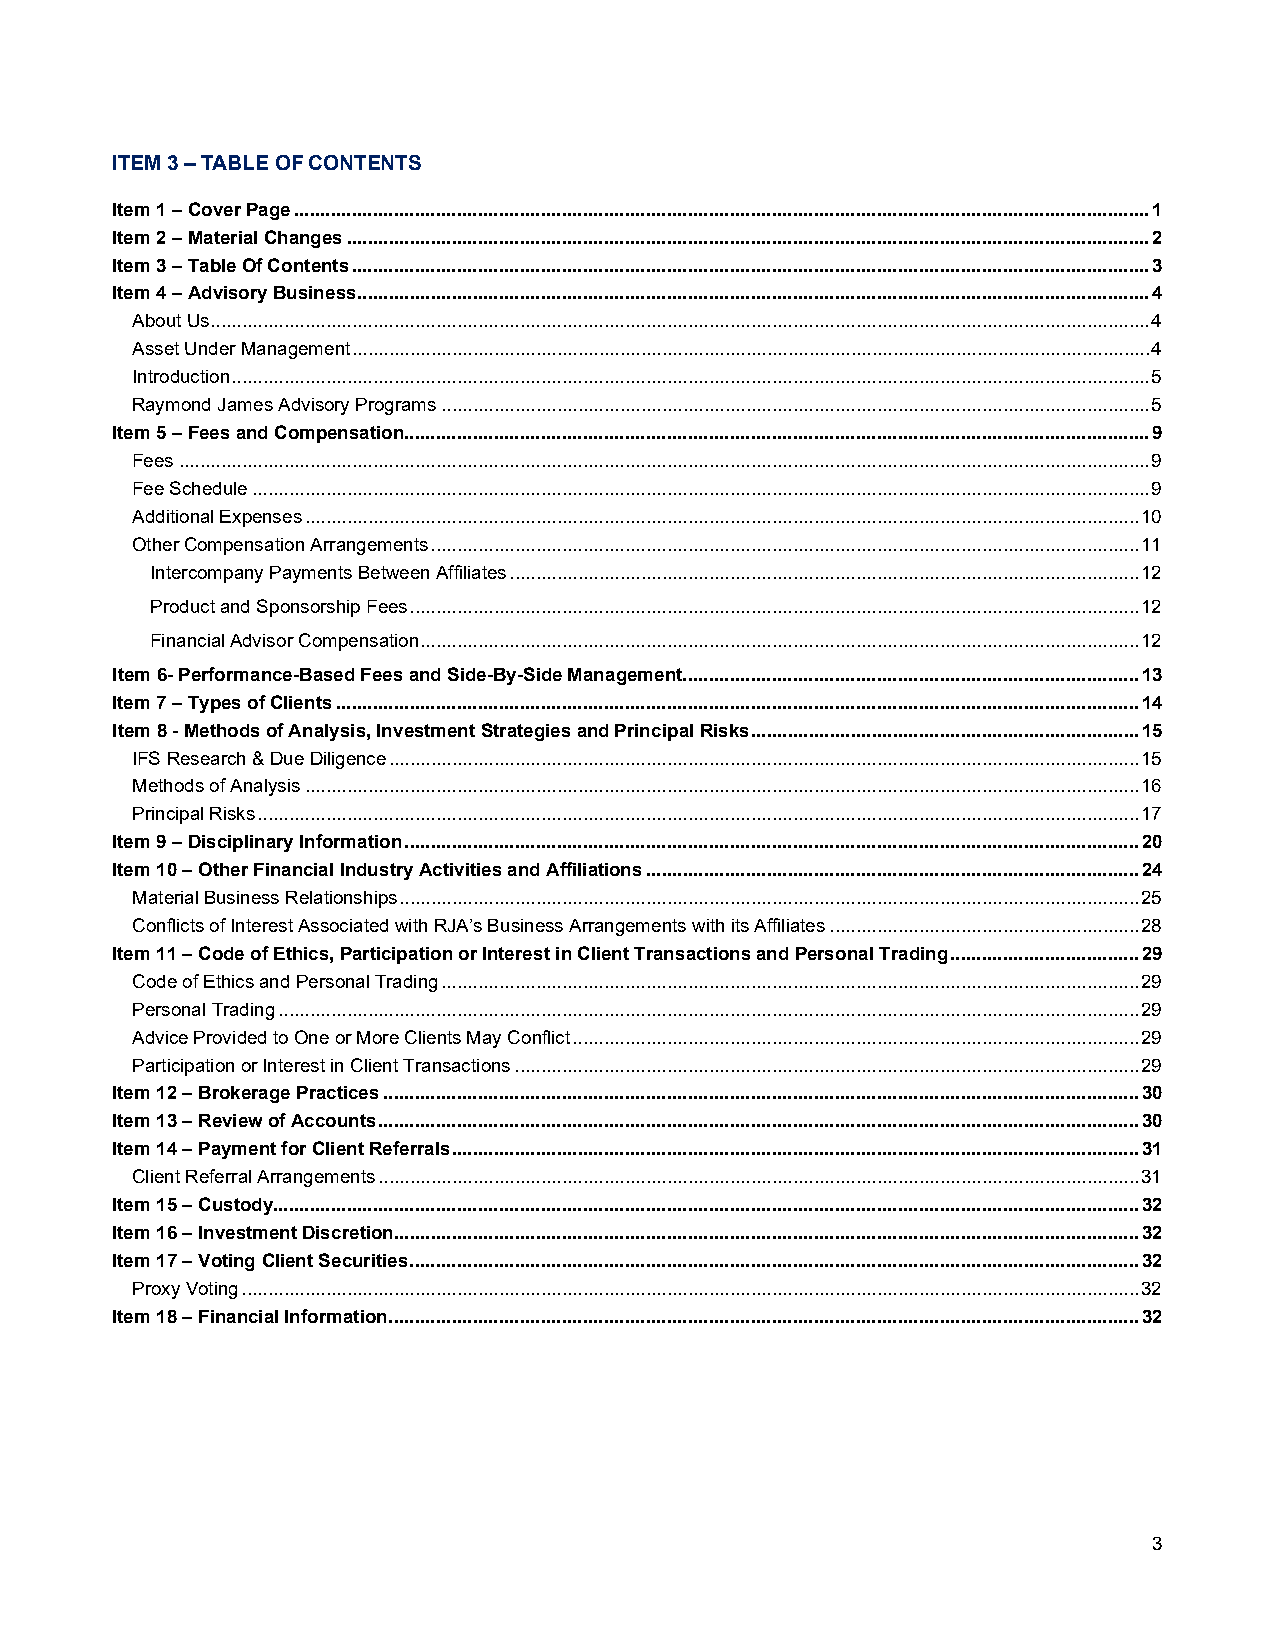
ITEM 3 – TABLE OF CONTENTS
 Item 1 – Cover Page ................................................................................................................................................................... 1
 Item 2 – Material Changes ......................................................................................................................................................... 2
 Item 3 – Table Of Contents ........................................................................................................................................................ 3
 Item 4 – Advisory Business ....................................................................................................................................................... 4
 About Us ................................................................................................................................................................................... 4
 Asset Under Management ........................................................................................................................................................ 4
 Introduction ............................................................................................................................................................................... 5
 Raymond James Advisory Programs ....................................................................................................................................... 5
 Item 5 – Fees and Compensation.............................................................................................................................................. 9
 Fees ......................................................................................................................................................................................... 9
 Fee Schedule ........................................................................................................................................................................... 9
 Additional Expenses ............................................................................................................................................................... 10
 Other Compensation Arrangements ....................................................................................................................................... 11
 Intercompany Payments Between Affiliates ........................................................................................................................ 12
 Product and Sponsorship Fees ........................................................................................................................................... 12
 Financial Advisor Compensation ......................................................................................................................................... 12
 Item 6- Performance-Based Fees and Side-By-Side Management....................................................................................... 13
 Item 7 – Types of Clients ......................................................................................................................................................... 14
 Item 8 - Methods of Analysis, Investment Strategies and Principal Risks .......................................................................... 15
 IFS Research & Due Diligence ............................................................................................................................................... 15
 Methods of Analysis ............................................................................................................................................................... 16
 Principal Risks ........................................................................................................................................................................ 17
 Item 9 – Disciplinary Information ............................................................................................................................................ 20
 Item 10 – Other Financial Industry Activities and Affiliations .............................................................................................. 24
 Material Business Relationships ............................................................................................................................................. 25
 Conflicts of Interest Associated with RJA’s Business Arrangements with its Affiliates ........................................................... 28
 Item 11 – Code of Ethics, Participation or Interest in Client Transactions and Personal Trading .................................... 29
 Code of Ethics and Personal Trading ..................................................................................................................................... 29
 Personal Trading .................................................................................................................................................................... 29
 Advice Provided to One or More Clients May Conflict ............................................................................................................ 29
 Participation or Interest in Client Transactions ....................................................................................................................... 29
 Item 12 – Brokerage Practices ................................................................................................................................................ 30
 Item 13 – Review of Accounts ................................................................................................................................................. 30
 Item 14 – Payment for Client Referrals ................................................................................................................................... 31
 Client Referral Arrangements ................................................................................................................................................. 31
 Item 15 – Custody..................................................................................................................................................................... 32
 Item 16 – Investment Discretion.............................................................................................................................................. 32
 Item 17 – Voting Client Securities ........................................................................................................................................... 32
 Proxy Voting ........................................................................................................................................................................... 32
 Item 18 – Financial Information ............................................................................................................................................... 32
 3